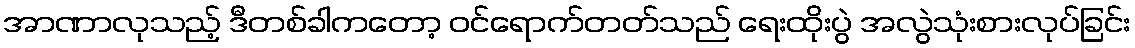
အာဏာလုသည့် ဒီတစ်ခါကတော့ ဝင်ရောက်တတ်သည် ရေးထိုးပွဲ အလွဲသုံးစားလုပ်ခြင်း